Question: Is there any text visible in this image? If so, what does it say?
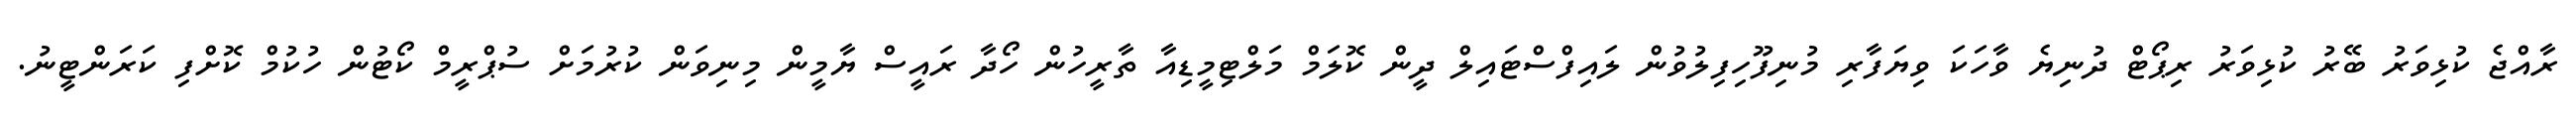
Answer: ރާއްޖެ ކުޅިވަރު ބޭރު ކުޅިވަރު ރިޕޯޓް ދުނިޔެ ވާހަކަ ވިޔަފާރި މުނިފޫހިފިލުވުން ލައިފްސްޓައިލް ދީން ކޮލަމް މަލްޓިމީޑިއާ ތާރީހުން ހޯދާ ރައީސް ޔާމީން މިނިވަން ކުރުމަށް ސުޕްރީމް ކޯޓުން ހުކުމް ކޮށްފި ކަރަންޓީނު.